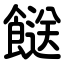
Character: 餸